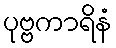
ပုဗ္ဗကာရိနံ